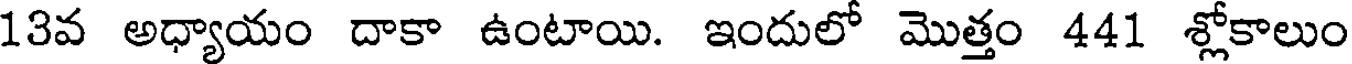
13వ అధ్యాయం దాకా ఉంటాయి. ఇందులో మొత్తం 441 శ్లోకాలుం